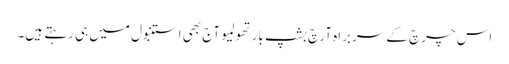
اس چرچ کے سربراہ آرچ بشپ بارتھولمیو آج بھی استنبول میں ہی رہتے ہیں۔